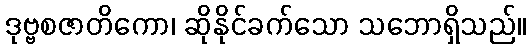
ဒုဗ္ဗစဇာတိကော၊ ဆိုနိုင်ခက်သော သဘောရှိသည်။